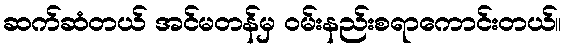
ဆက်ဆံတယ် အင်မတန်မှ ဝမ်းနည်းစရာကောင်းတယ်။